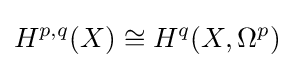
H^{p,q}(X)\cong H^{q}(X,\Omega ^{p})